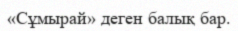
«Сұмырай» деген балық бар.